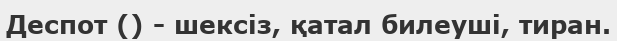
Деспот () - шексіз, қатал билеуші, тиран.